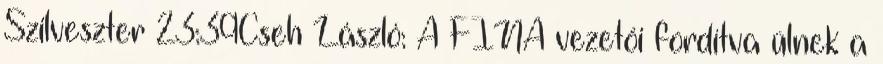
Szilveszter 23:39Cseh László: A FINA vezetői fordítva ülnek a